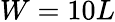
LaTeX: W=10L